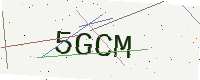
Text: 5GCM